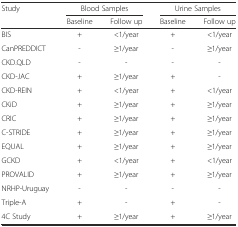
<table><thead><tr><td rowspan="2"><b>Study</b></td><td colspan="2"><b>Blood Samples</b></td><td colspan="2"><b>Urine Samples</b></td></tr><tr><td><b>Baseline</b></td><td><b>Follow up</b></td><td><b>Baseline</b></td><td><b>Follow up</b></td></tr></thead><tbody><tr><td>BIS</td><td>+</td><td>&lt;1/year</td><td>+</td><td>&lt;1/year</td></tr><tr><td>CanPREDDICT</td><td>-</td><td>≥1/year</td><td>-</td><td>≥1/year</td></tr><tr><td>CKD.QLD</td><td>-</td><td>-</td><td>-</td><td>-</td></tr><tr><td>CKD-JAC</td><td>+</td><td>≥1/year</td><td>+</td><td>-</td></tr><tr><td>CKD-REIN</td><td>+</td><td>&lt;1/year</td><td>+</td><td>&lt;1/year</td></tr><tr><td>CKiD</td><td>+</td><td>≥1/year</td><td>+</td><td>≥1/year</td></tr><tr><td>CRIC</td><td>+</td><td>≥1/year</td><td>+</td><td>≥1/year</td></tr><tr><td>C-STRIDE</td><td>+</td><td>≥1/year</td><td>+</td><td>≥1/year</td></tr><tr><td>EQUAL</td><td>+</td><td>≥1/year</td><td>+</td><td>≥1/year</td></tr><tr><td>GCKD</td><td>+</td><td>&lt;1/year</td><td>+</td><td>&lt;1/year</td></tr><tr><td>PROVALID</td><td>+</td><td>≥1/year</td><td>+</td><td>≥1/year</td></tr><tr><td>NRHP-Uruguay</td><td>-</td><td>-</td><td>-</td><td>-</td></tr><tr><td>Triple-A</td><td>+</td><td>-</td><td>+</td><td>-</td></tr><tr><td>4C Study</td><td>+</td><td>≥1/year</td><td>+</td><td>≥1/year</td></tr></tbody></table>